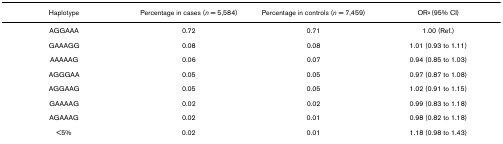
| Haplotype | Percentage in cases (n = 5,584) | Percentage in controls (n = 7,459) | ORa (95% CI) |
 | --- | --- | --- | --- |
 | AGGAAA | 0.72 | 0.71 | 1.00 (Ref.) |
 | GAAAGG | 0.08 | 0.08 | 1.01 (0.93 to 1.11) |
 | AAAAAG | 0.06 | 0.07 | 0.94 (0.85 to 1.03) |
 | AGGGAA | 0.05 | 0.05 | 0.97 (0.87 to 1.08) |
 | AGGAAG | 0.05 | 0.05 | 1.02 (0.91 to 1.15) |
 | GAAAAG | 0.02 | 0.02 | 0.99 (0.83 to 1.18) |
 | AGAAAG | 0.02 | 0.01 | 0.98 (0.82 to 1.18) |
 | <5% | 0.02 | 0.01 | 1.18 (0.98 to 1.43) |